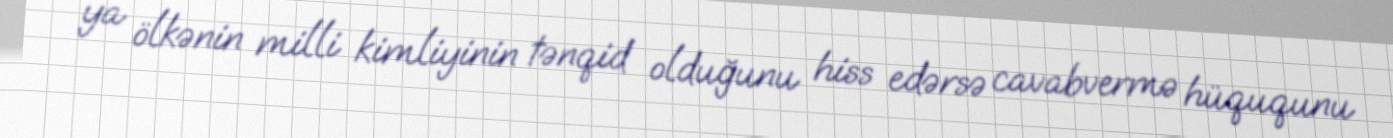
ya ölkənin milli kimliyinin tənqid olduğunu hiss edərsə cavabvermə hüququnu